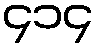
၄၁၄